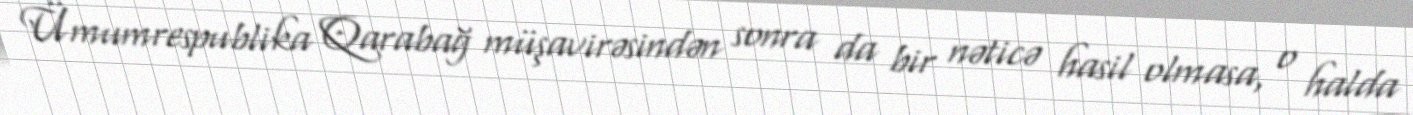
Ümumrespublika Qarabağ müşavirəsindən sonra da bir nəticə hasil olmasa, o halda